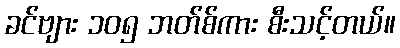
ခင်ဗျား ၁၀၅ ဘတ်စ်ကား စီးသင့်တယ်။